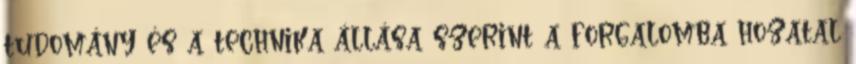
tudomány és a technika állása szerint a forgalomba hozatal